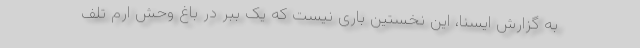
به گزارش ایسنا، این نخستین باری نیست که یک ببر در باغ وحش ارم تلف